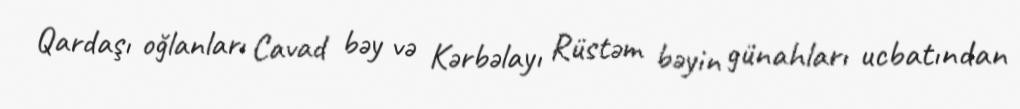
Qardaşı oğlanları Cavad bəy və Kərbəlayı Rüstəm bəyin günahları ucbatından